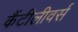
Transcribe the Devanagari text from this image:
कैंटीलीवर्स